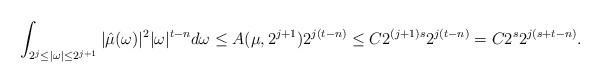
LaTeX: \begin{align*}\int_{2^j\leq |\omega|\leq 2^{j+1}}|\hat{\mu}(\omega)|^2|\omega|^{t-n}d\omega\leq A(\mu,2^{j+1})2^{j(t-n)}\leq C 2^{(j+1)s}2^{j(t-n)}=C2^{s} 2^{j(s+t-n)}.\end{align*}